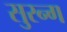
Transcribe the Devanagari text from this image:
सुरन्ग